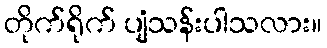
တိုက်ရိုက် ပျံသန်းပါသလား။